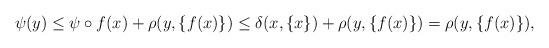
LaTeX: \begin{align*}\psi(y)\leq\psi\circ f(x) +\rho(y,\{f(x)\}) \leq \delta(x,\{x\})+\rho(y,\{f(x)\})=\rho(y,\{f(x)\}), \end{align*}